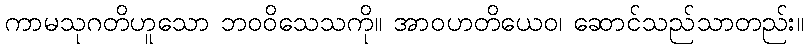
ကာမသုဂတိဟူသော ဘဝဝိသေသကို။ အာဝဟတိယေဝ၊ ဆောင်သည်သာတည်း။